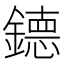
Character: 𮷴